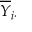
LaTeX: { \overline { { Y } } } _ { i \cdot }